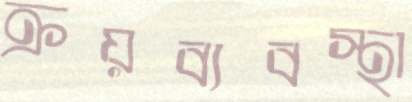
ক্রয়ব্যবস্থা